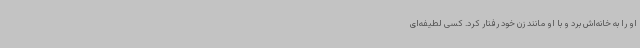
او را به خانه‌اش برد و با او مانند زن خود رفتار کرد. کسی لطیفه‌ای